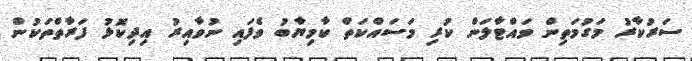
ސަރުކާރު މަގުމަތިން ވައްޓާލަން ކުރި މަސައްކަތް ކާމިޔާބު ވެފައި ނުވާއިރު އިދިކޮޅު ފަރާތްތަކުން